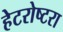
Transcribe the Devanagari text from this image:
हेटरोष्टरा